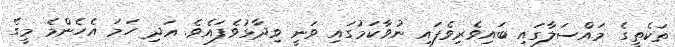
ތަކެތީގެ މައްސަލާގައި ބައިވެރިވެފައި ނުވާކަމުގައި ވަނީ ވިދާޅުވެފައެވެ. އަދި ހަމަ އެހެންމެ މީގެ